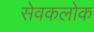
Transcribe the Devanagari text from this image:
सेवकलोक